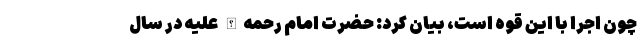
چون اجرا با این قوه است، بیان کرد: حضرت امام رحمه‌الله علیه در سال